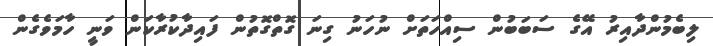
ލިބެމުންދާއިރު އޭގެ ސަބަބުން ސިއްހަތަށް ނުހަނު ގިނަ ގޮތްގޮތުން ފައިދާކުރާކަން ވަނީ ހާމަވެގެން